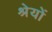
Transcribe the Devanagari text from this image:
श्रेयों